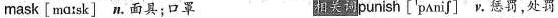
mask [mɑːsk] n.面具；口罩 相关词punlish ['pʌniʃ] v.惩罚，处罚